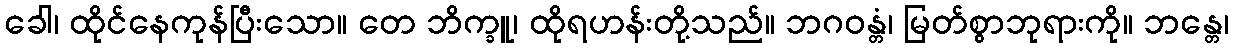
ခေါ၊ ထိုင်နေကုန်ပြီးသော။ တေ ဘိက္ခူ၊ ထိုရဟန်းတို့သည်။ ဘဂဝန္တံ၊ မြတ်စွာဘုရားကို။ ဘန္တေ၊